Report on lock hospitals in British Burma
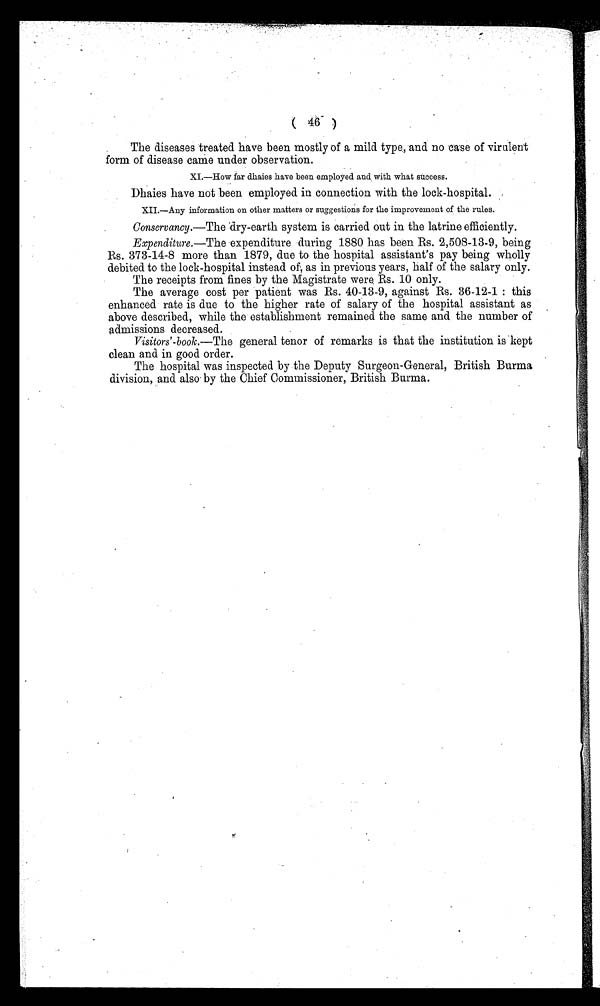
( 46 )
The diseases treated have been mostly of a mild type, and no ease of virulent
form of disease came under observation.
XI.—How far dhaies have been employed and with what success.
Dhaies have not been employed in connection with the lock-hospital.
XII.—Any information on other matters or suggestions for the improvement of the rules.
Conservancy.—The dry-earth system is carried out in the latrine efficiently.
Expenditure.— The expenditure during 1880 has been Rs. 2,508-13-9, being
Rs. 373-14-8 more than 1879, due to the hospital assistant's pay being wholly
debited to the lock-hospital instead of, as in previous years, half of the salary only.
The receipts from fines by the Magistrate were, Rs. 10 only.
The average cost per patient was Rs. 40-13-9, against Rs. 36-12-1 : this
enhanced rate is due to the higher rate of salary of the hospital assistant as
above described, while the establishment remained the same and the number of
admissions decreased.
Visitors'-book.—The general tenor of remarks is that the institution is kept
clean and in good order.
The hospital was inspected by the Deputy Surgeon-General, British Burma
division, and also by the Chief Commissioner, British Burma.